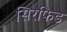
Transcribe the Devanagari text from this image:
सिरफिड